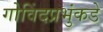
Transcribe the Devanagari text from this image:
गोविंदप्रभुंकडे